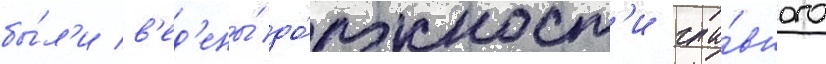
бы́л'и в'ед'ены́ до́лжност'и гла́вного